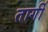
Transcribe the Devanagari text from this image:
तार्गी